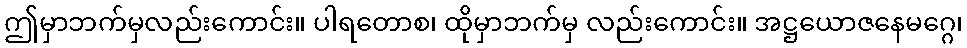
ဤမှာဘက်မှလည်းကောင်း။ ပါရတောစ၊ ထိုမှာဘက်မှ လည်းကောင်း။ အဋ္ဌယောဇနေမဂ္ဂေ၊